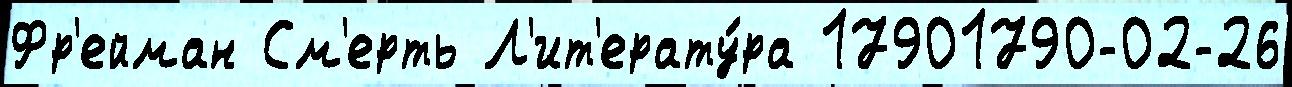
Фр'ейман См'ерть Л'ит'ерату́ра 17901790-02-26